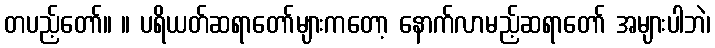
တပည့်တော်။ ။ ပရိယတ်ဆရာတော်များကတော့ နောက်လာမည့်ဆရာတော် အများပါဘဲ၊